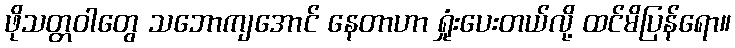
ဖိုသတ္တဝါတွေ သဘောကျအောင် နေတာဟာ ရှုံးပေးတယ်လို့ ထင်မိပြန်ရော။